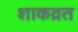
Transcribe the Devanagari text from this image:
शाकव्रत